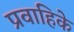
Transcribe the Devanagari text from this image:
प्रवाहिके